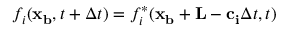
f _ { i } ( \mathbf { x _ { b } } , t + \Delta t ) = f _ { i } ^ { * } ( \mathbf { x _ { b } } + \mathbf { L } - \mathbf { c _ { i } } \Delta t , t )